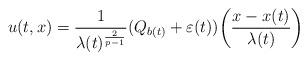
LaTeX: \begin{align*}u(t,x)=\frac{1}{\lambda(t)^{\frac{2}{p-1}}}(Q_{b(t)}+\varepsilon(t))\bigg{(}\frac{x-x(t)}{\lambda(t)}\bigg{)}\end{align*}